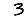
Digit: 3